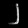
Digit: ၂